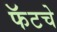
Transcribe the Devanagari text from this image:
फॅटचे